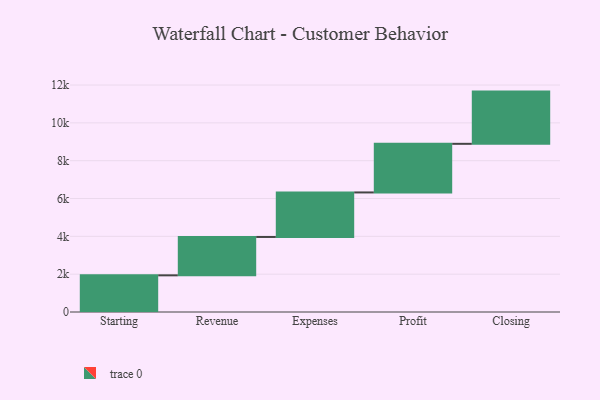
{"axis": {"x": "Step", "y": "Value"}, "legend": [""], "data": [{"x": "Starting", "y": 1939.0, "type": ""}, {"x": "Revenue", "y": 2029.0, "type": ""}, {"x": "Expenses", "y": 2354.0, "type": ""}, {"x": "Profit", "y": 2571.0, "type": ""}, {"x": "Closing", "y": 2761.0, "type": ""}]}